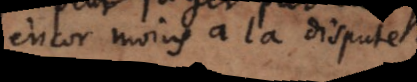
encor moins à la dispute